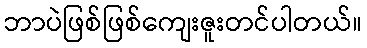
ဘာပဲဖြစ်ဖြစ်ကျေးဇူးတင်ပါတယ်။